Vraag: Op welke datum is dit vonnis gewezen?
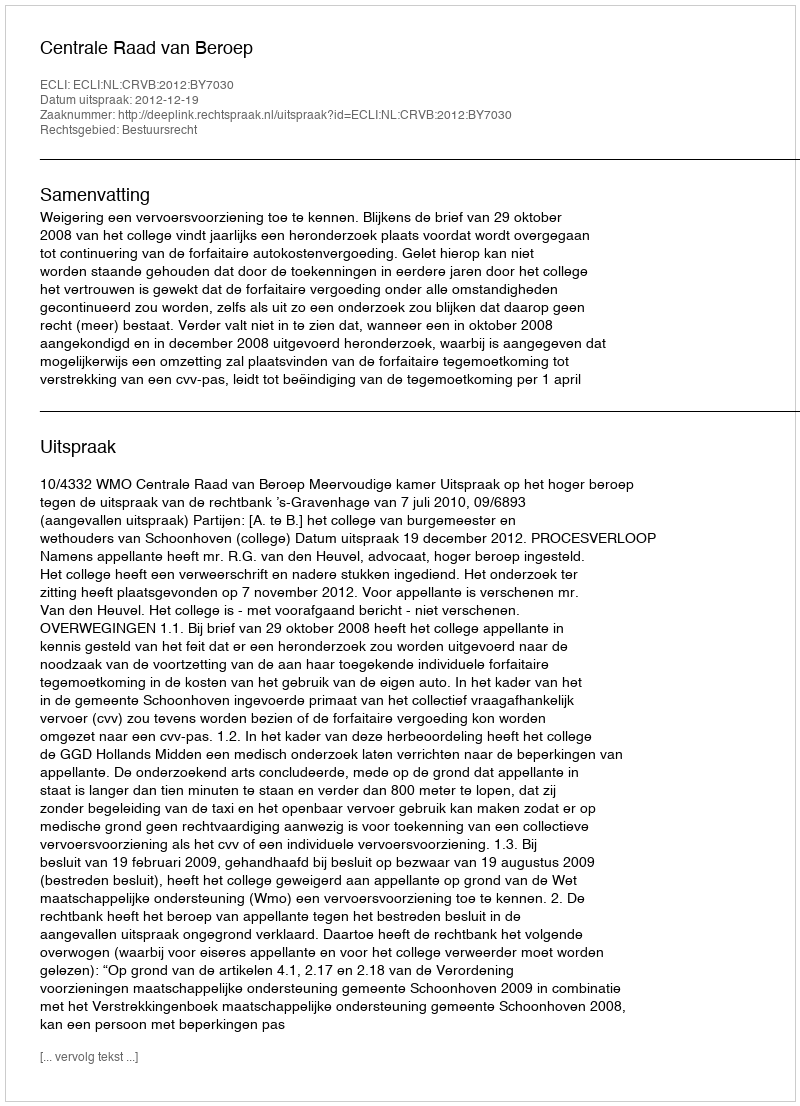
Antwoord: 2012-12-19